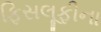
ફિસલૂફીના